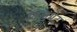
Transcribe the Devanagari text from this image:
विलमेट